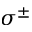
\sigma ^ { \pm }